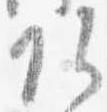
頭